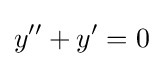
y''+y'=0